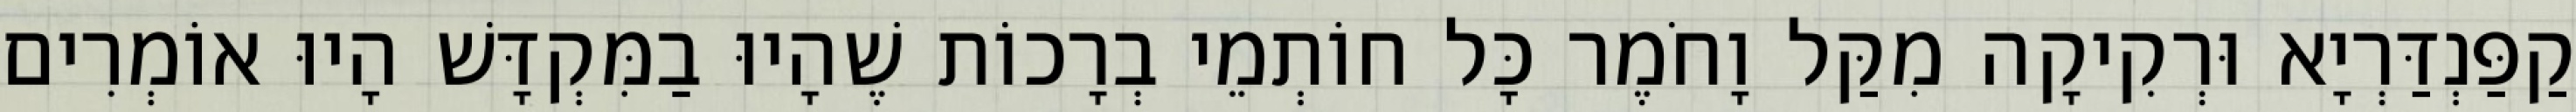
קַפַּנְדַּרְיָא וּרְקִיקָה מִקַּל וָחֹמֶר כָּל חוֹתְמֵי בְרָכוֹת שֶׁהָיוּ בַמִּקְדָּשׁ הָיוּ אוֹמְרִים